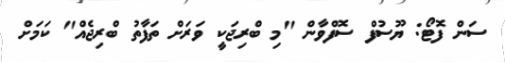
ސަން ފޮޓޯ: ޔޫސުފް ސޮފްވާން "މި ބްރިޖަކީ ވަަރަށް ތަފާތު ބްރިޖެއް" ކަމަށް